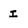
Character: I